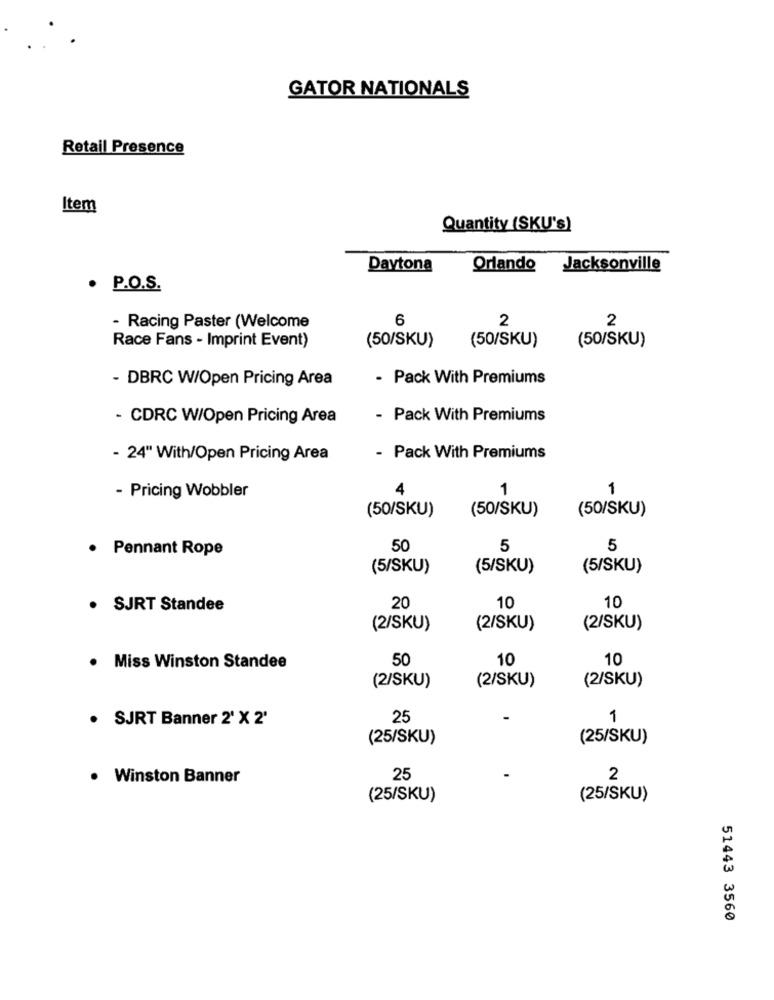
GATOR NATIONALS
Retail Presence
Item
Quantity (SKU's)
Daytona
Orlando Jacksonville
. P.O.S.
6
2
- Racing Paster (Welcome
2
Race Fans - Imprint Event)
(50/SKU)
(50/SKU)
(50/SKU)
- DBRC W/Open Pricing Area
- Pack With Premiums
- CDRC W/Open Pricing Area
- Pack With Premiums
- 24" With/Open Pricing Area
- Pack With Premiums
- Pricing Wobbler
4
1
1
(50/SKU)
(50/SKU)
(50/SKU)
· Pennant Rope
50
5
5
(5/SKU)
(5/SKU)
(5/SKU)
20
10
· SJRT Standee
10
(2/SKU)
(2/SKU)
(2/SKU)
50
10
10
. Miss Winston Standee
(2/SKU)
(2/SKU)
(2/SKU)
. SJRT Banner 2' X 2'
25
1
(25/SKU)
(25/SKU)
. Winston Banner
25
2
(25/SKU)
(25/SKU)
51443 3560